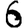
Digit: 6